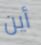
أين